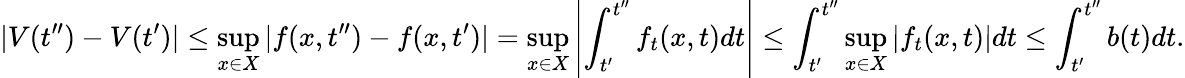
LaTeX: |V(t^{\prime\prime})-V(t^{\prime})|\leq\operatorname*{sup}_{x\in X}|f(x,t^{\prime\prime})-f(x,t^{\prime})|=\operatorname*{sup}_{x\in X}\left\vert\int_{t^{\prime}}^{t^{\prime\prime}}f_{t}(x,t)dt\right\vert\leq\int_{t^{\prime}}^{t^{\prime\prime}}\operatorname*{sup}_{x\in X}|f_{t}(x,t)|dt\leq\int_{t^{\prime}}^{t^{\prime\prime}}b(t)dt.